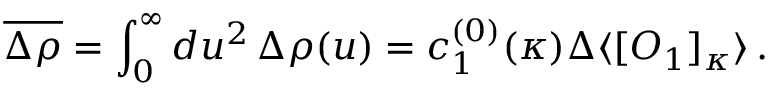
\overline { { { \Delta \rho } } } = \int _ { 0 } ^ { \infty } d u ^ { 2 } \, \Delta \rho ( u ) = c _ { 1 } ^ { ( 0 ) } ( \kappa ) \Delta \langle [ O _ { 1 } ] _ { \kappa } \rangle \, .